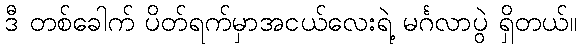
ဒီ တစ်ခေါက် ပိတ်ရက်မှာအငယ်လေးရဲ့ မင်္ဂလာပွဲ ရှိတယ်။